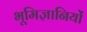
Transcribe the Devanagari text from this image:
भूमिज्ञानियों